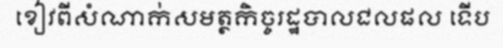
ខៀវពីសំណាក់សមត្ថកិច្ចរដ្ឋបាលជលផល ទើប